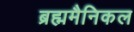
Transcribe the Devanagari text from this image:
ब्रह्ममैनिकल